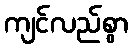
ကျင်လည်စွာ